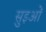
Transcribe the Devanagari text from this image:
सुइओं